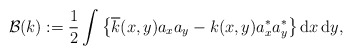
\begin{align*}\mathcal{B}(k):=\frac{1}{2}\int \big\{\overline{k}(x,y)a_x a_y-k(x,y)a_x^{\ast} a_y^{\ast}\big \}\,\mathrm{d}x\,\mathrm{d}y,\end{align*}